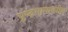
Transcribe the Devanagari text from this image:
पृष्ठ्भागावरील